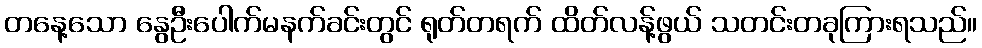
တနေ့သော နွေဦးပေါက်မနက်ခင်းတွင် ရုတ်တရက် ထိတ်လန့်ဖွယ် သတင်းတခုကြားရသည်။